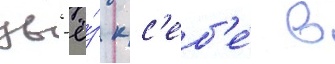
ув'ё́з к с'еб'е́ в